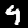
Digit: 9